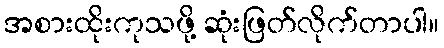
အစားထိုးကုသဖို့ ဆုံးဖြတ်လိုက်တာပါ။